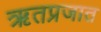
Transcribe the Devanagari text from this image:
ऋतप्रजात